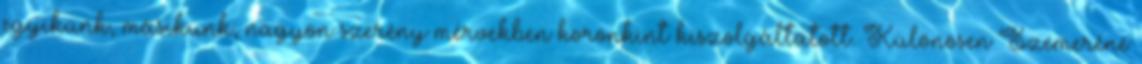
egyikünk, másikunk, nagyon szerény mérvekben koronkint kiszolgáltatott. Különösen Szemeréné